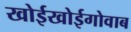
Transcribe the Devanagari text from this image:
खोईखोईगोवाब